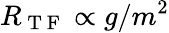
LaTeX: R_{\mathrm{~T~F~}}\propto g/m^{2}